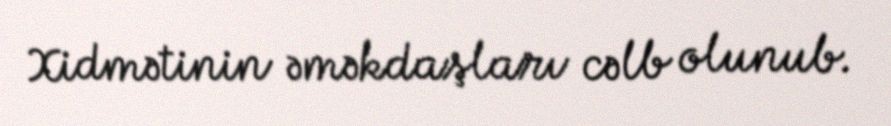
Xidmətinin əməkdaşları cəlb olunub.